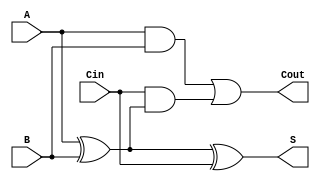
module FullAdder (
    input wire A,      // First binary input
    input wire B,      // Second binary input
    input wire Cin,    // Carry-in input
    output wire S,     // Sum output
    output wire Cout   // Carry-out output
);

// Behavioral description of the full adder
assign S = A ^ B ^ Cin; // Sum calculation
assign Cout = (A & B) | (Cin & (A ^ B)); // Carry-out calculation

endmodule